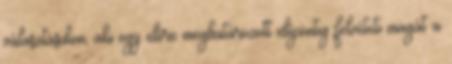
választásokon, aki egy előre meghatározott időpontig felvéteti magát a